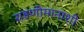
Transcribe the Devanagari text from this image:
राहणीमानाशी